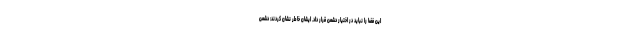
این فضا را نباید در اختیار دشمن قرار داد. ایشان خاطر نشان کردند: دشمن